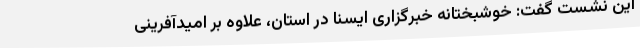
این نشست گفت: خوشبختانه خبرگزاری ایسنا در استان، علاوه بر امیدآفرینی